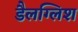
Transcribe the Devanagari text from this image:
डैलग्लिश